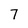
Character: 7